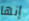
إنها